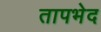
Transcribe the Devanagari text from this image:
तापभेद